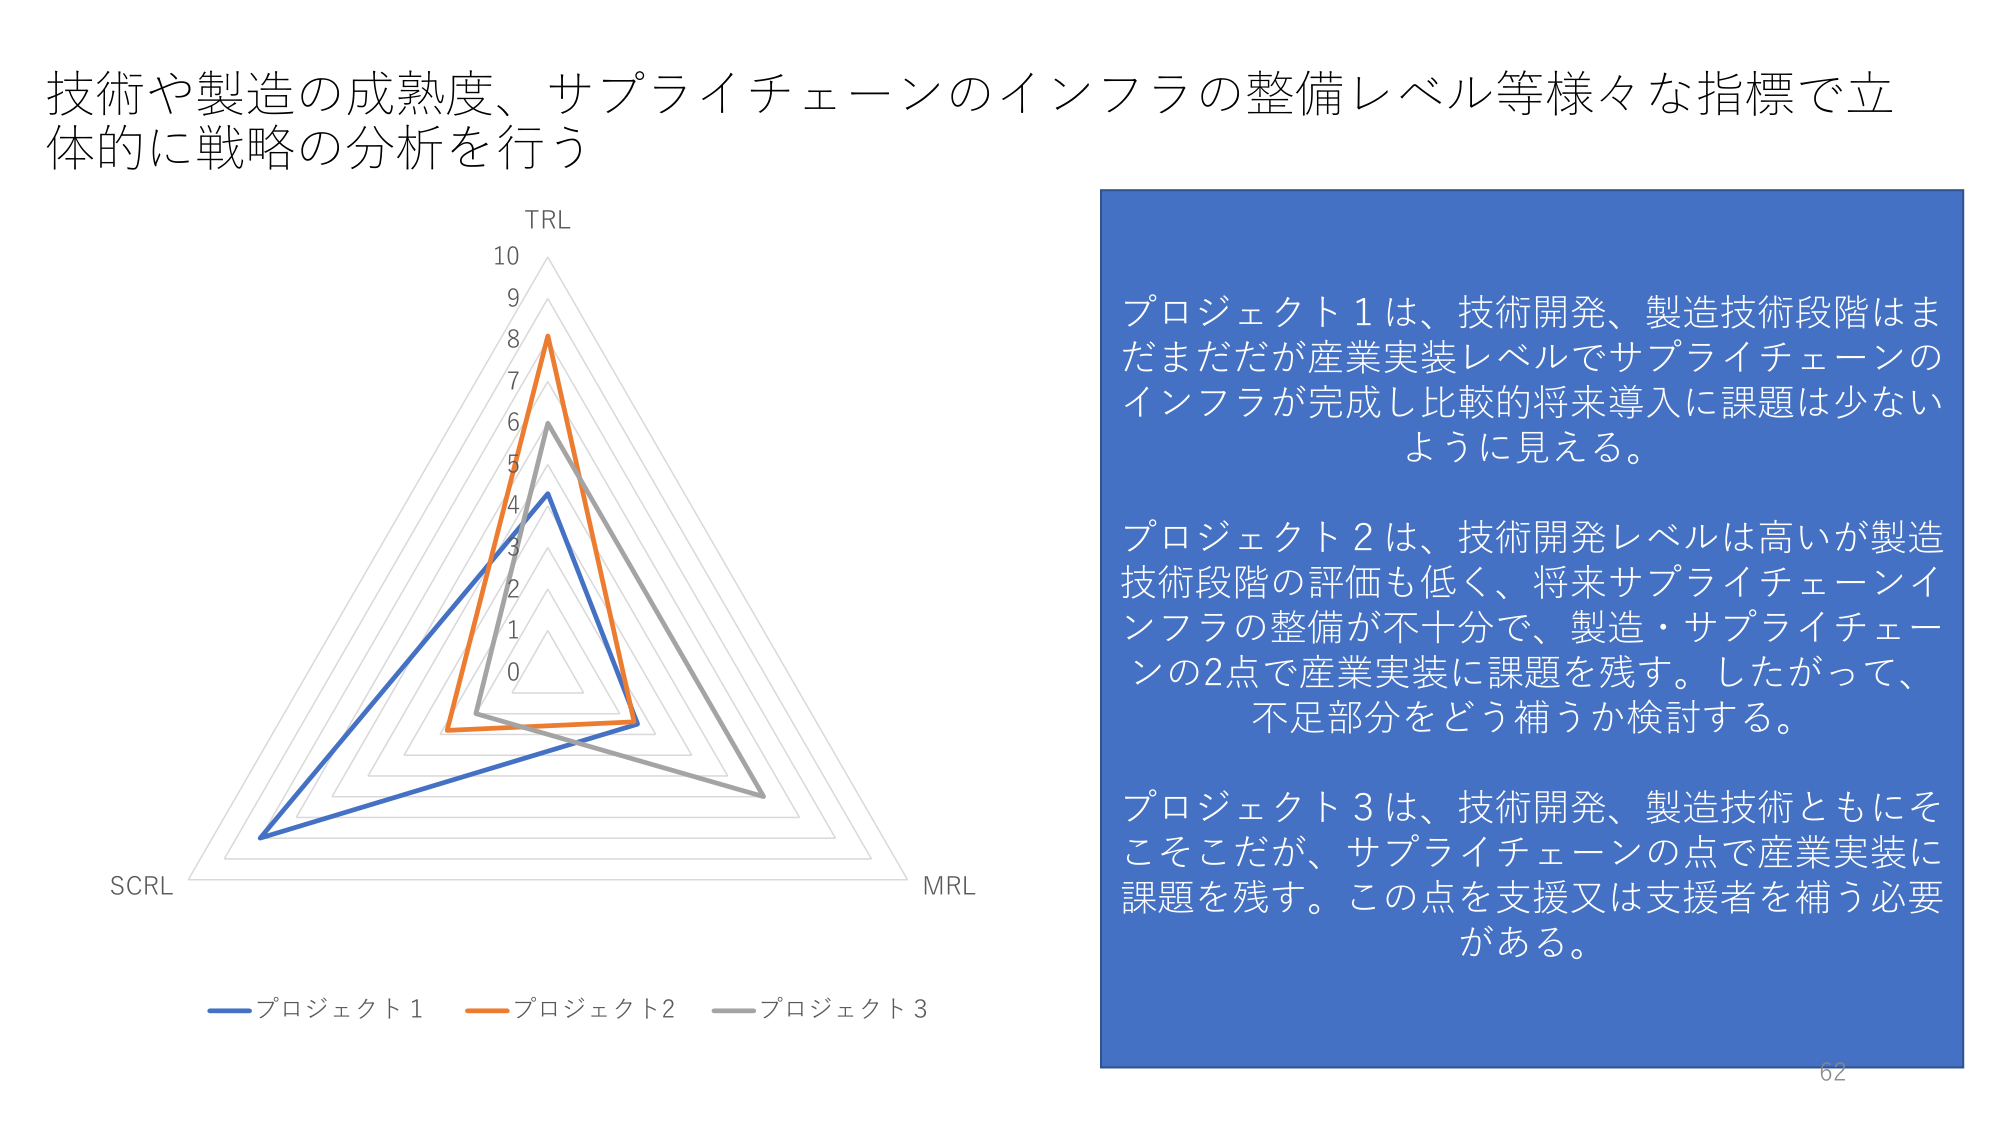
技術や製造の成熟度、サプライチェーンのインフラの整備レベル等様々な指標で立体的に戦略の分析を行う

TRL
10
9
8
7
6
5
4
3
2
1
0

SCRL
MRL

プロジェクト1
プロジェクト2
プロジェクト3

プロジェクト1は、技術開発、製造技術段階はまだまだだが産業実装レベルでサプライチェーンのインフラが完成し比較的将来導入に課題は少ないように見える。

プロジェクト2は、技術開発レベルは高いが製造技術段階の評価も低く、将来サプライチェーンインフラの整備が不十分で、製造・サプライチェーンの2点で産業実装に課題を残す。したがって、不足部分をどう補うか検討する。

プロジェクト3は、技術開発、製造技術ともにそこそこだが、サプライチェーンの点で産業実装に課題を残す。この点を支援又は支援者を補う必要がある。

62